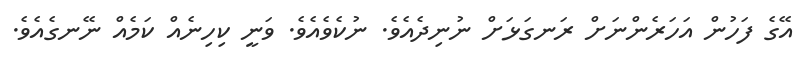
އޭގެ ފަހުން އަހަރެންނަށް ރަނގަޅަށް ނުނިދެއެވެ. ނުކެވެއެވެ. ވަނީ ކިހިނެއް ކަމެއް ނޭނގެއެވެ.